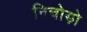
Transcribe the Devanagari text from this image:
निचोड़ो